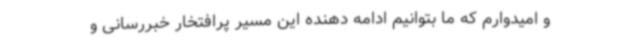
و امیدوارم که ما بتوانیم ادامه دهنده این مسیر پرافتخار خبررسانی و